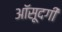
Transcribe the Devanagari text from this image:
आॅसूदगी